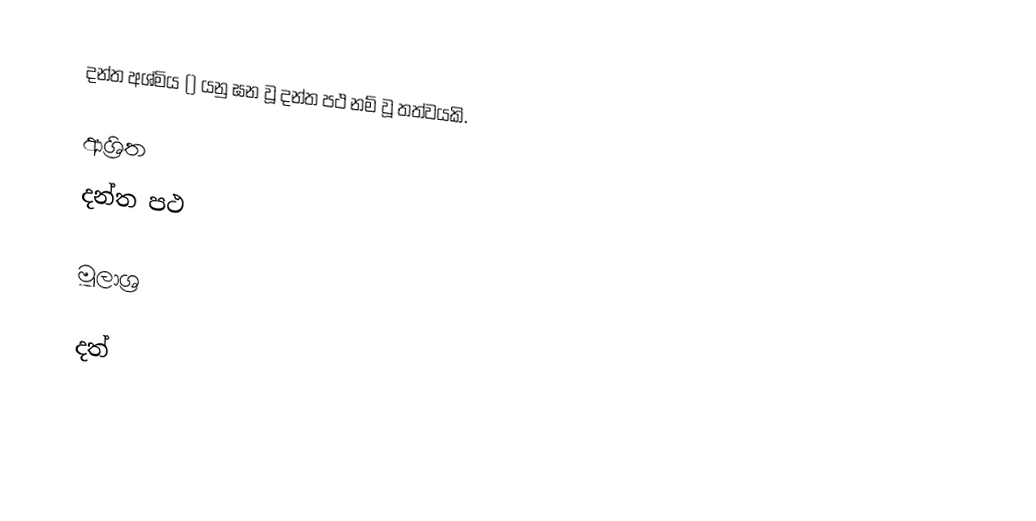
දන්ත අශ්මිය () යනු ඝන වූ දන්ත පථ නම් වූ තත්වයකි.

ආශ්‍රිත
 දන්ත පථ

මූලාශ්‍ර

දත්